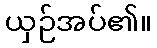
ယှဉ်အပ်၏။